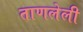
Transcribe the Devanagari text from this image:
ताणलेली